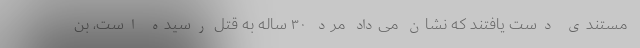
مستندی دست یافتند که نشان می‌داد مرد ۳۰ ساله به قتل رسیده است، بن